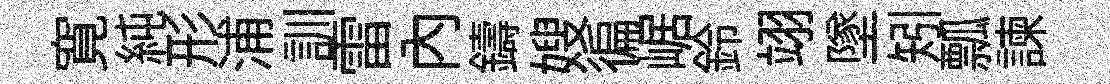
寛純形浦訓雷內鑄嫂徧崌鈴翊墜矧瓢諫